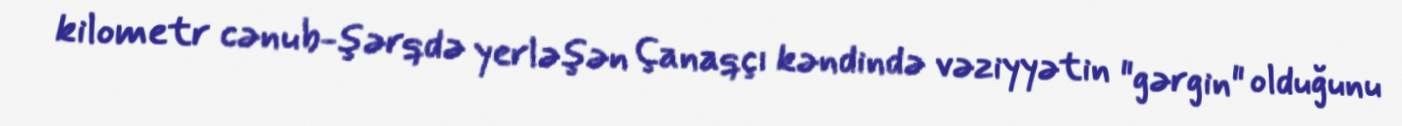
kilometr cənub-şərqdə yerləşən Çanaqçı kəndində vəziyyətin "gərgin" olduğunu